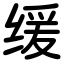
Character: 缓